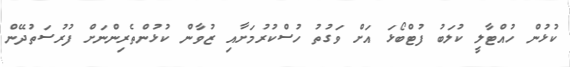
ކުޅުން ހުއްޓާލީ ކުލަބު ފުޓްބޯޅަ އަށް ވަގުތު ހުސްކުރުމަށާއި ޒުވާން ކުޅުންތެރިންނަށް ފުރުސަތުދޭން